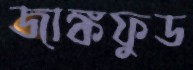
জাঙ্কফুড